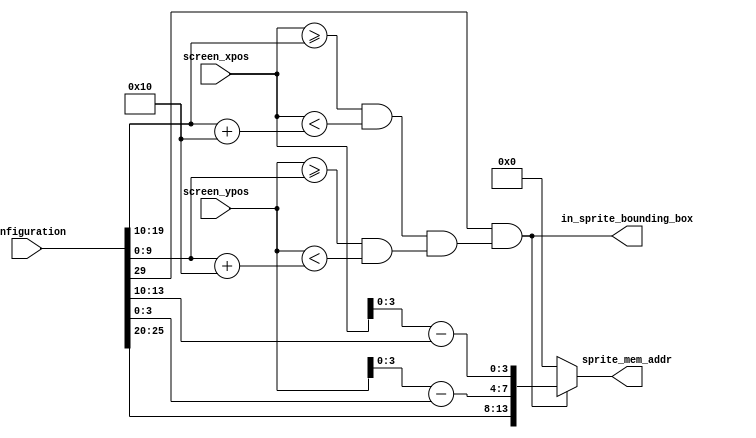

module sprite(
  input [31:0] configuration,
  input [8:0] screen_xpos,
  input [8:0] screen_ypos,
  output in_sprite_bounding_box,
  output [13:0] sprite_mem_addr    /* index into sprite memory of current sprite pixel (if sprite_data_valid is asserted) */
);

  /////////////////////////////////////////////////////////////////
  // Sprite configuration register unpacking
  /////////////////////////////////////////////////////////////////
  // | 31-30 | 29     | 28-26   |     25-20      | 19-10 | 9:0  |
  // | N/A   | enable | colour  | 0-64 sprite #  | xpos  | ypos |
  /////////////////////////////////////////////////////////////////

  wire [9:0] sprite_ypos    = configuration[ 9: 0];
  wire [9:0] sprite_xpos    = configuration[19:10];
  wire [9:0] sprite_end_xpos = sprite_xpos+16;
  wire [9:0] sprite_end_ypos = sprite_ypos+16;
  wire [5:0] sprite_mem_ofs = configuration[25:20];
  wire sprite_enable        = configuration[   29];

  assign in_sprite_bounding_box =  sprite_enable && (
                                   ((screen_xpos>=sprite_xpos) && (screen_xpos<sprite_end_xpos))
                                && ((screen_ypos>=sprite_ypos) && (screen_ypos<sprite_end_ypos))
                            );

  assign sprite_mem_addr = in_sprite_bounding_box
                          ? {sprite_mem_ofs, screen_ypos[3:0]-sprite_ypos[3:0], screen_xpos[3:0]-sprite_xpos[3:0]}
                          : 14'h000;

endmodule